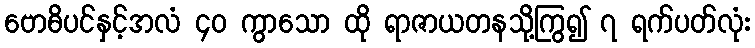
ဗောဓိပင်နှင့်အလံ ၄၀ ကွာသော ထို ရာဇာယတနသို့ကြွ၍ ၇ ရက်ပတ်လုံး